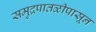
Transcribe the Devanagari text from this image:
समुद्रपातळीपासून